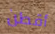
أقطن